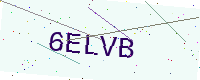
Text: 6ELVB